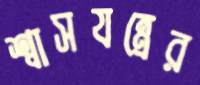
শ্বাসযন্ত্রের